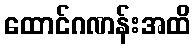
ထောင်ဂဏန်းအထိ